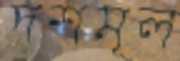
দশমূল